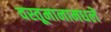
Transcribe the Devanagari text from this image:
वस्तूमानामधले